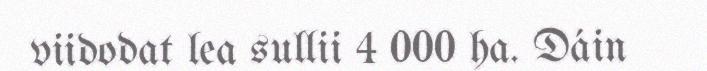
viidodat lea sullii 4 000 ha. Dáin